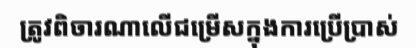
ត្រូវពិចារណាលើជម្រើសក្នុងការប្រើប្រាស់